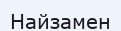
Найзамен